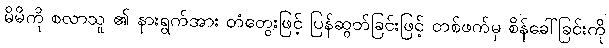
မိမိကို စလာသူ ၏ နားရွက်အား တံတွေးဖြင့် ပြန်ဆွတ်ခြင်းဖြင့် တစ်ဖက်မှ စိန်ခေါ်ခြင်းကို